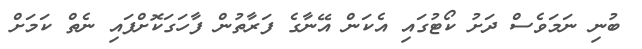
ބުނި ނަމަވެސް ދަށު ކޯޓުގައި އެކަން އޭނާގެ ފަރާތުން ފާހަގަކޮށްފައި ނެތް ކަމަށް